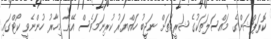
ކޮރަޕްޝަންގެ މައްސަލަތަކުގެ ޝަރީއަތަށް ނަޖީބު ހައްޔަރު ކުރިނަމަވެސް އޭނާ މިހާރު ހުންނެވީ ކޯޓްގައި